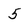
Character: 5